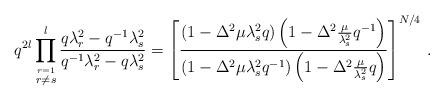
LaTeX: \begin{align*}q^{2l}\prod _{{\stackrel{r=1}{r\not= s}}}^l \frac{q\lambda _r^2-q^{-1}\lambda _s^2}{q^{-1}\lambda _r^2-q\lambda _s^2}=\left [\frac {(1- \Delta ^2 \mu \lambda _s ^2 q)\left(1-\Delta ^2\frac {\mu}{\lambda _s ^2}q^{-1}\right)}{(1-\Delta ^2 \mu \lambda _s ^2 q^{-1})\left(1-\Delta ^2\frac {\mu}{\lambda _s^2}q\right)}\right]^{N/4} \, .\end{align*}